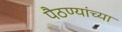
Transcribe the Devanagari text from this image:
पैठण्यांच्या